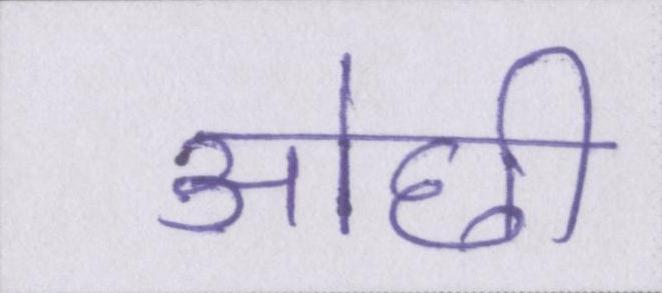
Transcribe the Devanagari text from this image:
ओछी